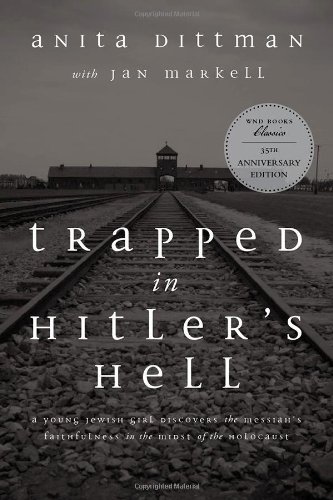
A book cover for Trapped in Hitler's Hell: A Young Jewish Girl Discovers the Messiah's Faithfulness in the Midst of the Holocaust; Anita Dittman; Biographies & Memoirs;